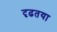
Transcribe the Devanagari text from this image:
दृढतया